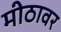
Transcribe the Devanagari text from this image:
मीठावर